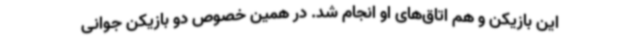
این بازیکن و هم اتاق‌های او انجام شد. در همین خصوص دو بازیکن جوانی